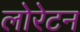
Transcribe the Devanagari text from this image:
लोरेटन